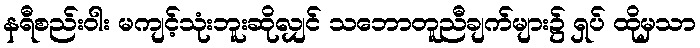
နရီစည်းဝါး မကျင့်သုံးဘူးဆိုလျှင် သဘောတူညီချက်များ၌ ရှပ် ထိုမှသာ